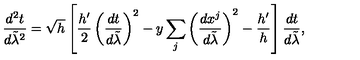
{ \frac { d ^ { 2 } t } { d \tilde { \lambda } ^ { 2 } } } = \sqrt { h } \left[ { \frac { h ^ { \prime } } { 2 } } \left( { \frac { d t } { d \tilde { \lambda } } } \right) ^ { 2 } - y \sum _ { j } \left( { \frac { d x ^ { j } } { d \tilde { \lambda } } } \right) ^ { 2 } - { \frac { h ^ { \prime } } { h } } \right] { \frac { d t } { d \tilde { \lambda } } } ,